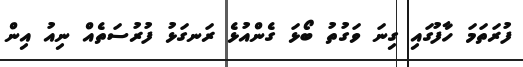
ފުރަތަމަ ހާފުގައި ގިނަ ވަގުތު ބޯޅަ ގެންއުޅެ ރަނގަޅު ފުރުސަތެއް ނިއު އިން